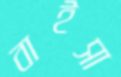
বাইসা